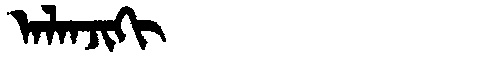
Manchu: ᠠᠯᠠᠨᠵᡳᡴᡳ
Romanization: ALANJIKI